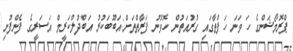
ޕްރޮމޯޝަންގެ ހަ ވަނަ ހަފްތާގައި ގުރުއަތުން ހޮވުނު ފަރާތްތަށް:އަބޫބަކުރު އަބްދުލްކަރީމް އަސަރީގެ ފެންފުށި